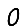
Digit: 0